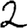
Digit: 2